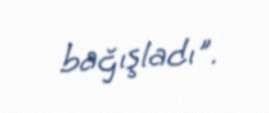
bağışladı".